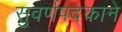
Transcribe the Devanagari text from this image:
सुवर्णपदकाने